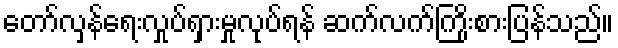
တော်လှန်ရေးလှုပ်ရှားမှုလုပ်ရန် ဆက်လက်ကြိုးစားပြန်သည်။